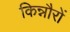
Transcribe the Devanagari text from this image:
किन्नौरों